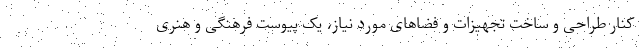
کنار طراحی و ساخت تجهیزات و فضاهای مورد نیاز، یک پیوست فرهنگی و هنری